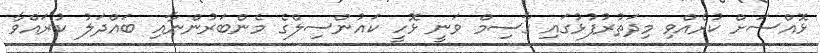
ޅޮއްސަށް ކުރެއްވި މިދަތުރުފުޅުގައި ގާސިމް ވަނީ ޅޮހީ ކައުންސިލްގެ މެންބަރުންނާއި ބައްދަލު ކުރައްވާ